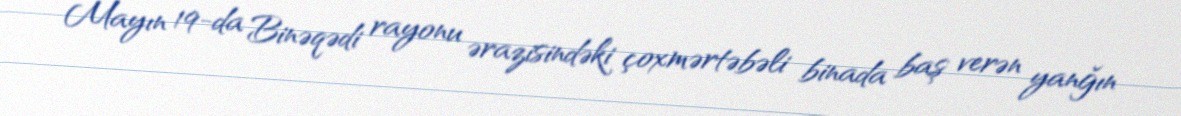
Mayın 19-da Binəqədi rayonu ərazisindəki çoxmərtəbəli binada baş verən yanğın